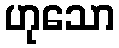
ဟုသော